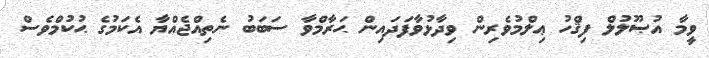
ވީމާ އުޞޫލުލް ފިޤްހު ޢިލްމުވެރިން ވިދާޅުވާފަދައިން ޙަރާމްވާ ސަބަބު ނެތިއްޖެއްޔާ އެކަމުގެ ޙުކުމްވެސް